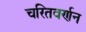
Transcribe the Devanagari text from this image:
चरितवर्णन